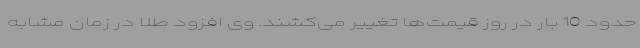
حدود 10 بار در روز قیمت‌ها تغییر می‌کشند. وی افزود طلا در زمان مشابه